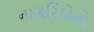
નાગરિકોનો